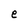
Character: e